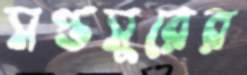
সপ্তসুরের